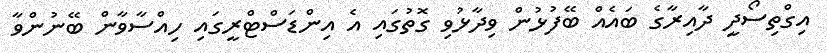
އިގްތިސޯދީ ދާއިރާގެ ބައެއް ބޭފުޅުން ވިދާޅުވި ގޮތުގައި އެ އިންޑަސްޓްރީގައި ހިއްސާވާން ބޭނުންވާ